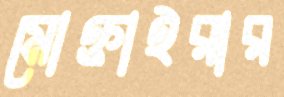
মোক্তাইরার